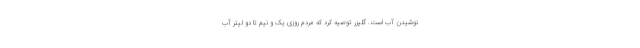
نوشیدن آب است. گلیزر توصیه کرد که مردم روزی یک و نیم تا دو لیتر آب